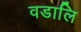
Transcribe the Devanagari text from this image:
वडालि